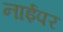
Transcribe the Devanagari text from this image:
नाईपर